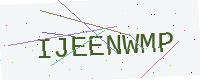
Text: IJEENWMP